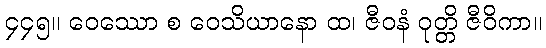
၄၄၅။ ဝေဿော စ ဝေသိယာနော ထ၊ ဇီဝနံ ဝုတ္တိ ဇီဝိကာ။